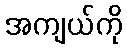
အကျယ်ကို